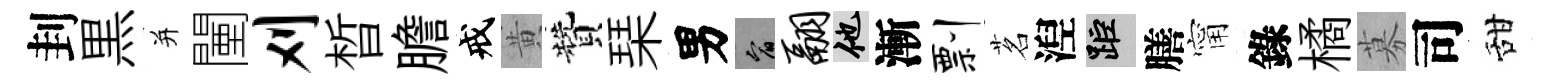
刲黒并闉刈晳膽戒黄贊琹男宥翮他漸剽茗湼距膳甯錄橘募司甜